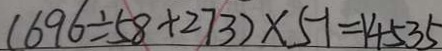
( 6 9 6 \div 5 8 + 2 7 3 ) \times 5 1 = 1 4 5 3 5